画像に写った文字を読んでください
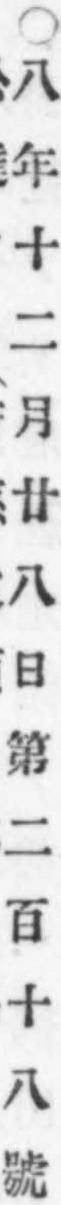
「○八年十二月廿八日第二百十八號」と書いてあります